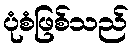
ပုံစံဖြစ်သည်